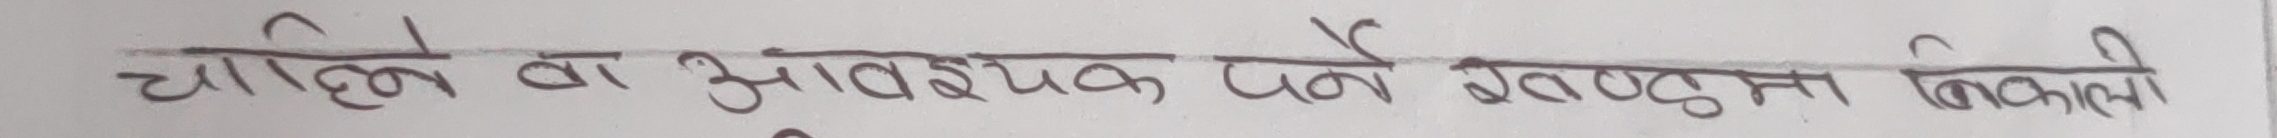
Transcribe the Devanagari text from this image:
चाहिने वा आवश्यक पर्ने वस्तुमा निकासी